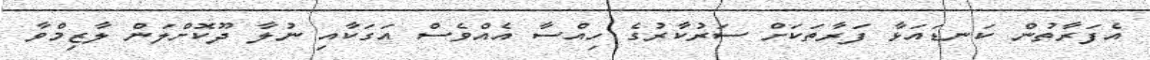
އެފަރާތުން ކަނޑައަޅާ ފަރާތަކަށް ސަރުކާރުގެ ހިއްސާ އެއްވެސް އަގަކާއި ނުލާ ދޫކޮށްލަން ލާޒިމްވާ